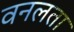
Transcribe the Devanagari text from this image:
वनलता